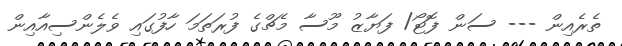
ތެރެއިން --- ސަން ފޮޓޯ/ ފަޔާޒު މޫސާ މެޗްގެ ފުރަތަމަ ހާފުގައި ވެލެންސިއާއިން